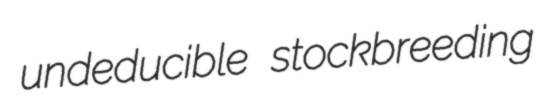
undeducible stockbreeding